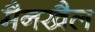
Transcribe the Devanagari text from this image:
मैनखैल